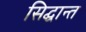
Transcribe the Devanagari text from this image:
सिद्घान्त